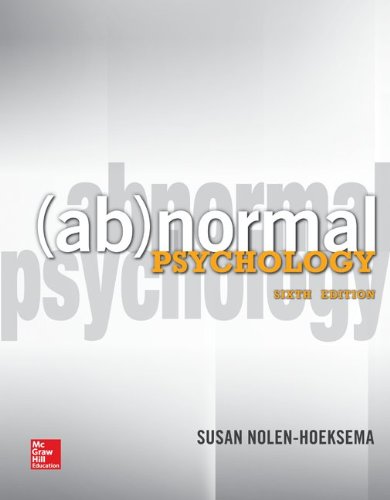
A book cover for Abnormal Psychology; Susan Nolen-Hoeksema; Medical Books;